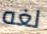
لغه